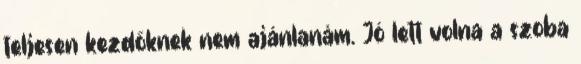
teljesen kezdőknek nem ajánlanám. Jó lett volna a szoba